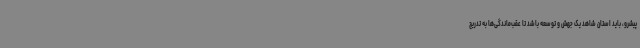
پیشرو، باید استان شاهد یک جهش و توسعه باشد تا عقب‌ماندگی‌ها به تدریج